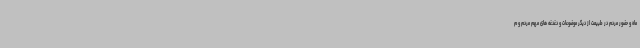
ماه و حضور مردم در طبیعت از دیگر موضوعات و دغدغه های مهم مردم و م